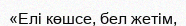
«Елі көшсе, бел жетім,